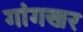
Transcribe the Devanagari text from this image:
गांगखर